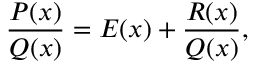
{ \frac { P ( x ) } { Q ( x ) } } = E ( x ) + { \frac { R ( x ) } { Q ( x ) } } ,